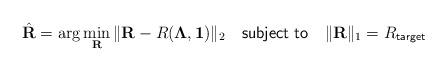
LaTeX: \begin{align*}\hat{\mathbf{R}} = \arg\min_{\mathbf{R}} \Vert \mathbf{R} - R(\mathbf{\Lambda},\mathbf{1}) \Vert_2 \mathsf{~~~subject~to~~~} \Vert \mathbf{R} \Vert_1 = R_{\mathsf{target}}\end{align*}